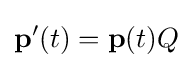
\mathbf {p} '(t)=\mathbf {p} (t)Q